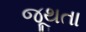
જૂથતા